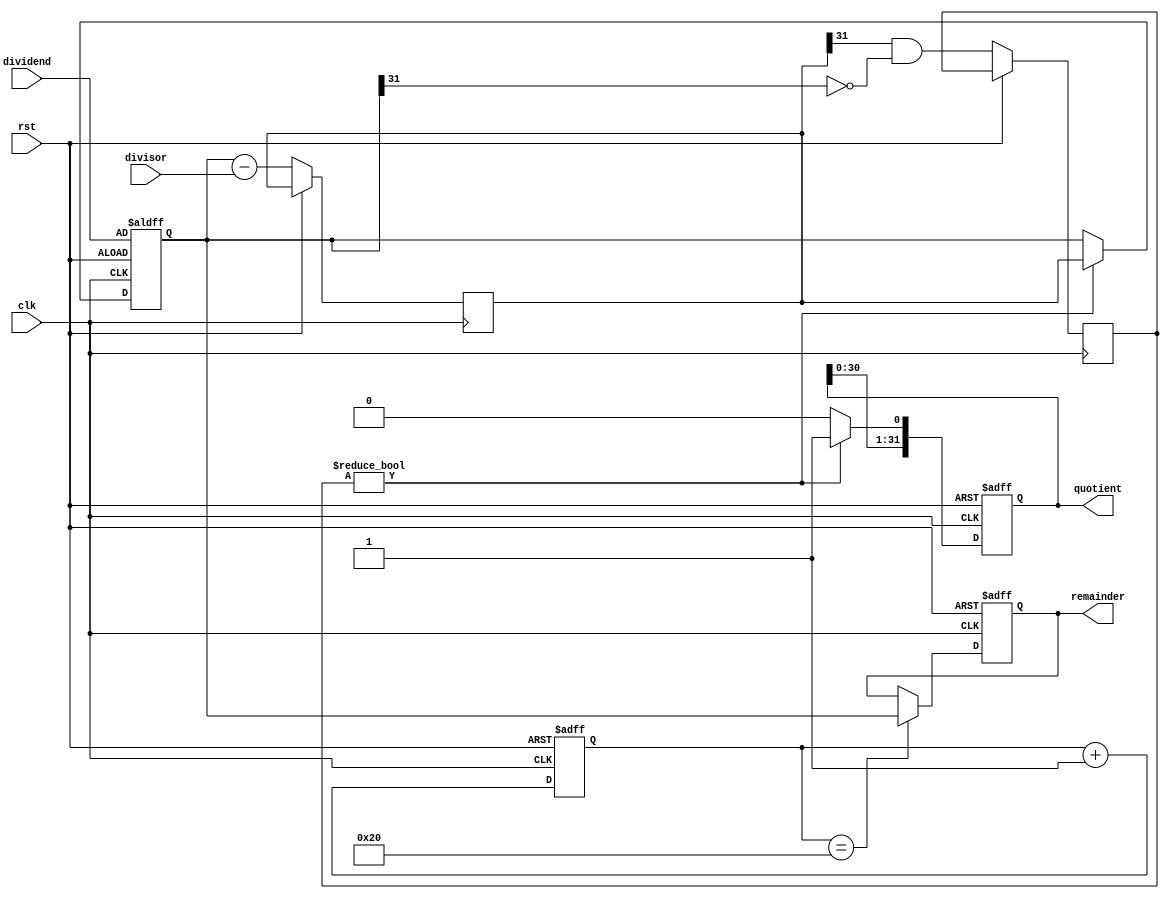
module Restoring_Divider (
    input wire clk,
    input wire rst,
    input wire [31:0] divisor,
    input wire [31:0] dividend,
    output reg [31:0] quotient,
    output reg [31:0] remainder
);

reg [31:0] div_reg1;
reg [31:0] div_reg2;
reg [31:0] sub_result;
reg [31:0] comp_result;

always @(posedge clk or posedge rst) begin
    if (rst) begin
        div_reg1 <= 32'd0;
        div_reg2 <= dividend;
        quotient <= 32'd0;
        remainder <= 32'd0;
    end else begin
        // Perform division operation
        sub_result <= div_reg2 - divisor;
        comp_result <= sub_result[31] & ~div_reg2[31];
        
        if (comp_result) begin
            // Shift quotient left and set LSB to 1
            quotient <= {quotient[30:0], 1'b1};
            div_reg2 <= sub_result;
        end else begin
            // Shift quotient left
            quotient <= {quotient[30:0], 1'b0};
            div_reg2 <= div_reg2;
        end
        
        // Update div_reg1 for next iteration
        div_reg1 <= div_reg1 + 1;
        
        // Check if division is complete
        if (div_reg1 == 32'h20) begin
            remainder <= div_reg2;
        end
    end
end

endmodule